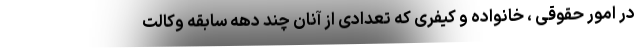
در امور حقوقی ، خانواده و کیفری که تعدادی از آنان چند دهه سابقه وکالت